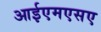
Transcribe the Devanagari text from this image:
आईएमएसए